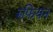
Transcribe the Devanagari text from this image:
रुफियन